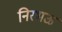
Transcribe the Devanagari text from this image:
निरभऊ